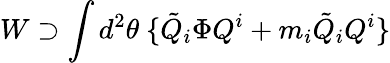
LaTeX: W\supset\int d^{2}\theta\ \{ {\tilde{Q}}_{i}\Phi Q^{i}+m_{i}{\tilde{Q}}_{i}Q^{i}\}